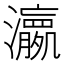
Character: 𱪊